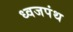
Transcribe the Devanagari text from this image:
ध्वजपंथ